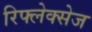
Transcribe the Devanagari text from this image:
रिफ्लेक्सेज